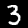
Label: 3